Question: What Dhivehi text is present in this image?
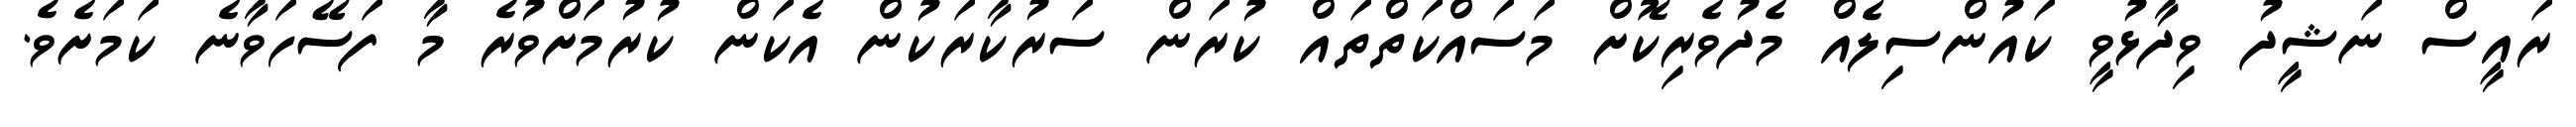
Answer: ރައީސް ނަޝީދު ވިދާޅުވީ ކައުންސިލެއް މެދުވެރިކޮށް މަސައްކަތްތައް ކުރަން ސަރުކާރަކުން އެކަން ކުރުމަށްވުރެ މާ ފަސޭހަވާނެ ކަމަށެވެ.